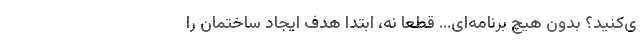
ی‌کنید؟ بدون هیچ برنامه‌ای... قطعا نه، ابتدا هدف ایجاد ساختمان را